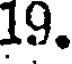
19.